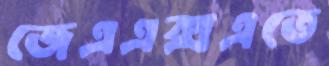
জেএএক্সএতে